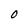
Character: O